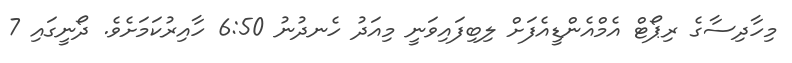
މިހާދިސާގެ ރިޕޯޓް އެމްއެންޑީއެފަށް ލިބިފައިވަނީ މިއަދު ހެނދުނު 6:50 ހާއިރުކަމަށެވެ. ދޯނީގައި 7